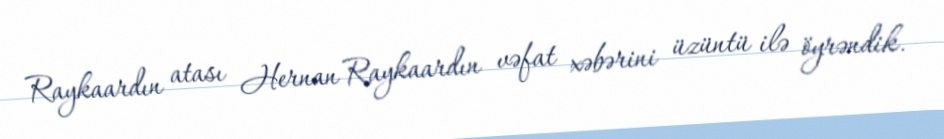
Raykaardın atası Hernan Raykaardın vəfat xəbərini üzüntü ilə öyrəndik.